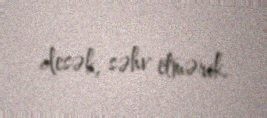
desək, səhv etmərik.